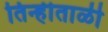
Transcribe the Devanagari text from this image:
तिन्हीताळी